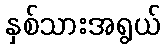
နှစ်သားအရွယ်